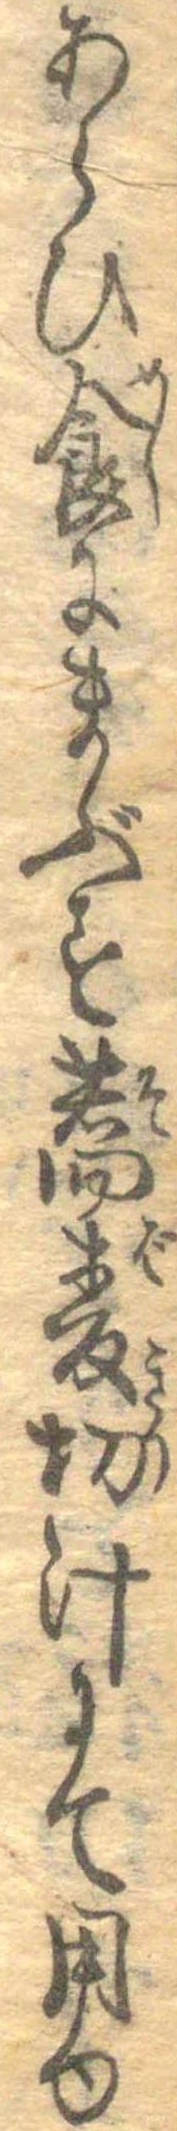
あらひ食にまぶす蕎麦切汁にて用ゆ